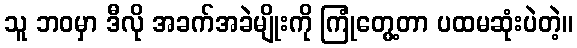
သူ ဘဝမှာ ဒီလို အခက်အခဲမျိုးကို ကြုံတွေ့တာ ပထမဆုံးပဲတဲ့။